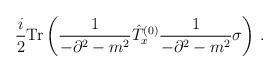
\begin{align*}\frac{i}{2}{\rm Tr}\left(\frac{1}{-\partial^2-m^2}\hat{T}^{(0)}_x \frac{1}{-\partial^2-m^2}\sigma\right)\,.\end{align*}